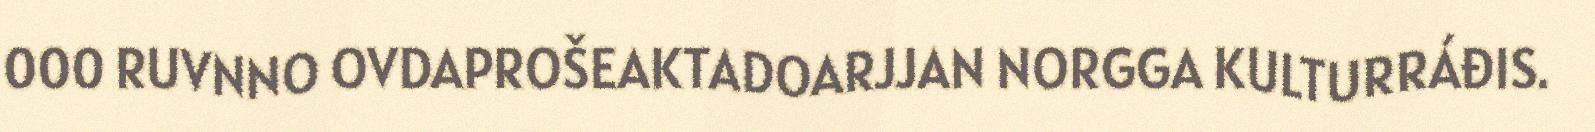
000 RUVNNO OVDAPROŠEAKTADOARJJAN NORGGA KULTURRÁĐIS.